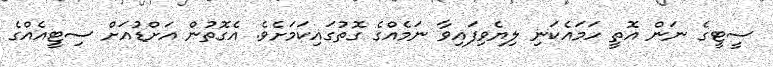
ސީޓީގެ ނަން އޮތީ ހަމައެކަނި ލިޔެވިފައިވާ ނަމެއްގެ ގޮތުގައިކަމަށެވެ. އެގޮތުން އަށްޑުއަށް ސިޓީއެއްގެ